Report on vaccination in the Province of Bengal - 1869-1873
Year: 1869
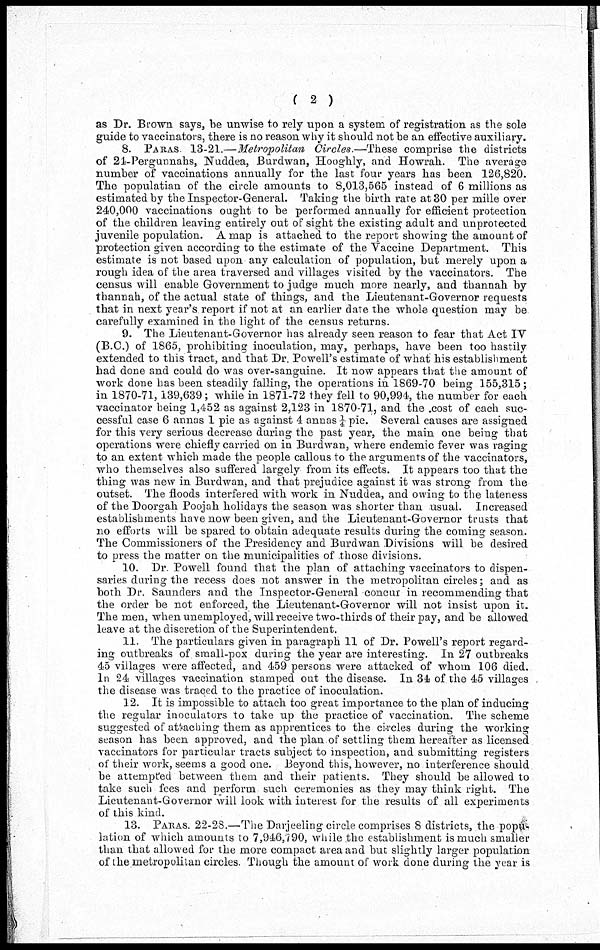
( 2 )
as Dr. Brown says, be unwise to rely upon a system of registration as the sole
guide to vaccinators, there is no reason why it should not be an effective auxiliary.
8. PARAS 13-21.—Metropolitan Circles.—These comprise the districts
of 24-Pergunnahs, Nuddea, Burdwan, Hooghly, and Howrah. The average
number of vaccinations annually for the last four years has been 126,820.
The populatian of the circle amounts to 8,013,565 instead of 6 millions as
estimated by the Inspector-General. Taking the birth rate at 30 per mille over
240,000 vaccinations ought to be performed annually for efficient protection
of the children leaving entirely out of sight the existing adult and unprotected
juvenile population. A map is attached to the report showing the amount of
protection given according to the estimate of the Vaccine Department. This
estimate is not based upon any calculation of population, but merely upon a
rough idea of the area traversed and villages visited by the vaccinators. The
census will enable Government to judge much more nearly, and thannah by
thannah, of the actual state of things, and the Lieutenant-Governor requests
that in next year's report if not at an earlier date the whole question may be
carefully examined in the light of the census returns.
9. The Lieutenant-Governor has already seen reason to fear that Act IV
(B.C.) of 1865, prohibiting inoculation, may, perhaps, have been too hastily
extended to this tract, and that Dr. Powell's estimate of what his establishment
had done and could do was over-sanguine. It now appears that the amount of
work done has been steadily falling, the operations in 1869-70 being 155,315;
in 1870-71,139,639; while in 1871-72 they fell to 90,994, the number for each
vaccinator being 1,452 as against 2,123 in 1870-71, and the cost of each suc-
cessful case 6 annas 1 pie as against 4 annas ¼ pie. Several causes are assigned
for this very serious decrease during the past year, the main one being that
operations were chiefly carried on in Burdwan, where endemic fever was raging
to an extent which made the people callous to the arguments of the vaccinators,
who themselves also suffered largely from its effects. It appears too that the
thing was new in Burdwan, and that prejudice against it was strong from the
outset. The floods interfered with work in Nuddea, and owing to the lateness
of the Doorgah Poojah holidays the season was shorter than usual. Increased
establishments have now been given, and the Lieutenant-Governor trusts that
no efforts will be spared to obtain adequate results during the coming season.
The Commissioners of the Presidency and Burdwan Divisions will be desired
to press the matter on the municipalities of those divisions.
10. Dr. Powell found that the plan of attaching vaccinators to dispen-
saries during the recess does not answer in the metropolitan circles; and as
both Dr. Saunders and the Inspector-General concur in recommending that
the order be not enforced, the Lieutenant-Governor will not insist upon it.
The men, when unemployed, will receive two-thirds of their pay, and be allowed
leave at the discretion of the Superintendent.
11. The particulars given in paragraph 11 of Dr. Powell's report regard-
ing outbreaks of small-pox during the year are interesting. In 27 outbreaks
45 villages were affected, and 459 persons were attacked of whom 106 died.
In 24 villages vaccination stamped out the disease. In 34 of the 45 villages
the disease was traced to the practice of inoculation.
12. It is impossible to attach too great importance to the plan of inducing
the regular inoculators to take up the practice of vaccination. The scheme
suggested of attaching them as apprentices to the circles during the working
season has been approved, and the plan of settling them hereafter as licensed
vaccinators for particular tracts subject to inspection, and submitting registers
of their work, seems a good one. Beyond this, however, no interference should
be attempted between them and their patients. They should be allowed to
take such fees and perform such ceremonies as they may think right. The
Lieutenant-Governor will look with interest for the results of all experiments
of this kind.
13. PARAS. 22-28.—The Darjeeling circle comprises 8 districts, the popu-
lation of which amounts to 7,946,790, while the establishment is much smaller
than that allowed for the more compact area and but slightly larger population
of the metropolitan circles. Though the amount of work done during the year is